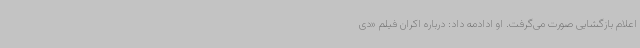
اعلام بازگشایی صورت می‌گرفت. او ادادمه داد: درباره اکران فیلم «دی